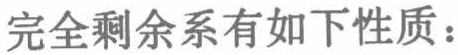
完全剩余系有如下性质：